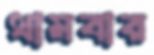
থামবার